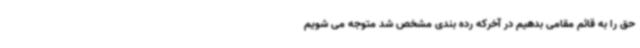
حق را به قائم مقامی بدهیم در آخرکه رده بندی مشخص شد متوجه می شویم